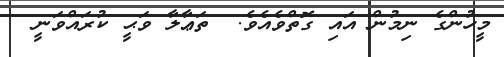
މީހުންގެ ނިމުން އައި ގޮތްވެއެވެ.  ތަޢާލާ ވަޙީ ކުރައްވަނީ